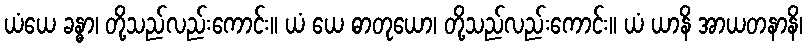
ယံယေ ခန္ဓာ၊ တို့သည်လည်းကောင်း။ ယံ ယေ ဓာတုယော၊ တို့သည်လည်းကောင်း။ ယံ ယာနိ အာယတနာနိ၊